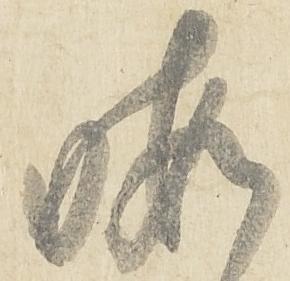
晦